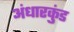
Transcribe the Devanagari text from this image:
अंधारकुंड